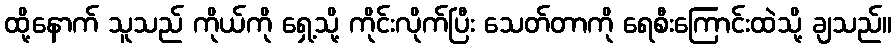
ထို့နောက် သူသည် ကိုယ်ကို ရှေ့သို့ ကိုင်းလိုက်ပြီး သေတ်တာကို ရေစီးကြောင်းထဲသို့ ချသည်။